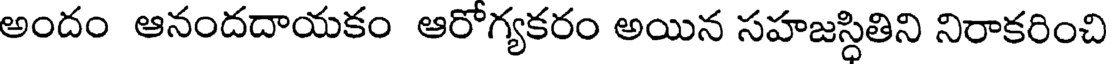
అందం ఆనందదాయకం ఆరోగ్యకరం అయిన సహజస్ధితిని నిరాకరించి